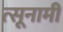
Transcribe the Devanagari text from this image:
त्सूनामी